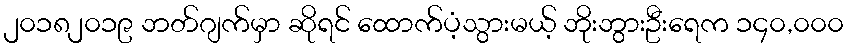
၂၀၁၈၂၀၁၉ ဘတ်ဂျက်မှာ ဆိုရင် ထောက်ပံ့သွားမယ့် ဘိုးဘွားဦးရေက ၁၄၀,၀၀၀